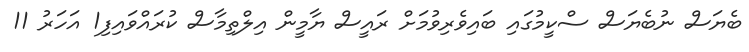
ބެޔަސް ނުބެޔަސް ސްކީމުގައި ބައިވެރިވުމަށް ރައީސް ޔާމީން އިލްތިމާސް ކުރައްވައިފި1 އަހަރު 11